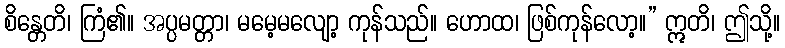
စိန္တေတိ၊ ကြံ၏။ အပ္ပမတ္တာ၊ မမေ့မလျော့ ကုန်သည်။ ဟောထ၊ ဖြစ်ကုန်လော့။” ဣတိ၊ ဤသို့။